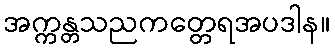
အက္ကန္တသညကတ္တေရအပဒါန။